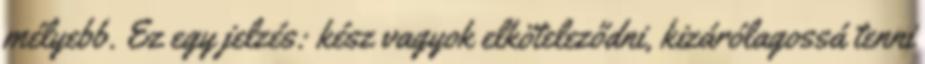
mélyebb. Ez egy jelzés: kész vagyok elköteleződni, kizárólagossá tenni